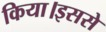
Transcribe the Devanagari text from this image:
किया।इससे